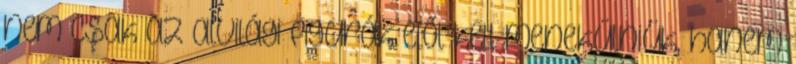
nem csak az alvilági figurák elől kell menekülniük, hanem